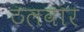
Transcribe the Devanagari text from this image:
ठलवार